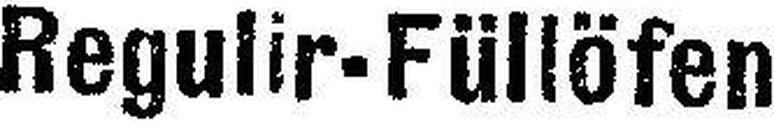
Regulir-Füllöfen